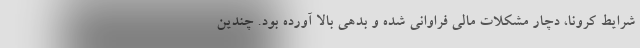
شرایط کرونا، دچار مشکلات مالی فراوانی شده و بدهی بالا آورده بود. چندین